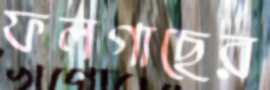
ফলগাছের